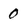
Character: 0